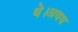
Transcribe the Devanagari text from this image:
थे।अवध